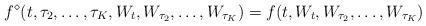
LaTeX: \begin{align*}f^{\diamond}(t, \tau_2, \ldots, \tau_K,W_{t}, W_{\tau_2},\ldots, W_{\tau_K}) = f(t,W_{t}, W_{\tau_2},\ldots, W_{\tau_K})\end{align*}